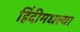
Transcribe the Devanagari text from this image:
हिंदीमधल्या